Medical and sanitary report of the native army of Madras for the year
Year: 1875
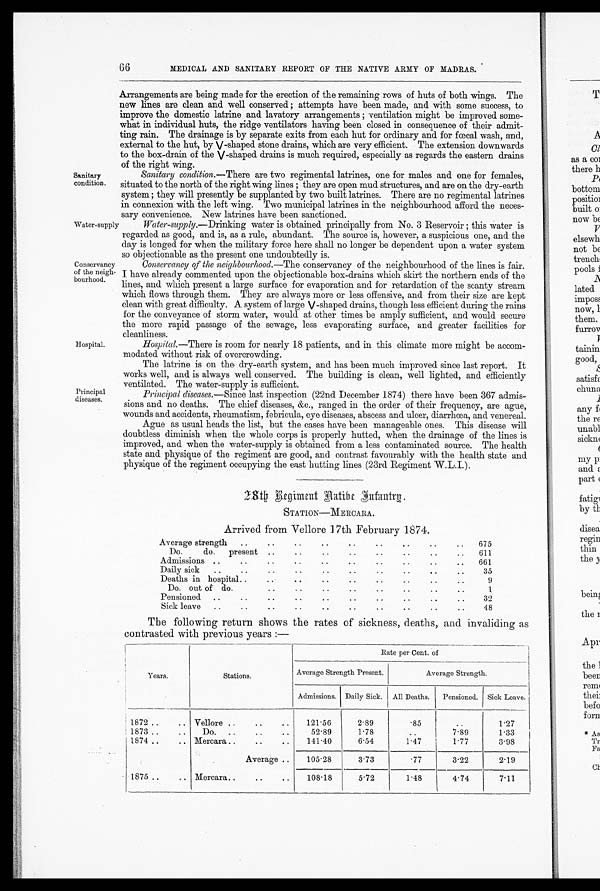
Hospital.
Principal
diseases.
66
Sanitary
condition.
MEDICAL AND SANITARY REPORT OF THE NATIVE ARMY OF MADRAS.
Arrangements are being made for the erection of the remaining rows of huts of both wings. The
new lines are clean and well conserved; attempts have been made, and with some success, to
improve the domestic latrine and lavatory arrangements; ventilation might be improved some
-what in individual huts, the ridge ventilators having been closed in consequence of their admit
-ting rain. The drainage is by separate exits from each hut for ordinary and for fœcal wash, and,
external to the hut, by V-shaped stone drains, which are very efficient. The extension downwards
to the box-drain of the V-shaped drains is much required, especially as regards the eastern drains
of the right wing.
Sanitary condition. —There are two regimental latrines, one for males and one for females,
situated to the north of the right wing lines; they are open mud structures, and are on the dry-earth
system; they will presently be supplanted by two built latrines. There are no regimental latrines
in connexion with the left wing. Two municipal latrines in the neighbourhood afford the neces
-sary convenience. New latrines have been sanctioned.
Water-supply
Conservancy
of the neigh-
bourhood.
Water-supply. —Drinking water is obtained principally from No. 3 Reservoir; this water is
regarded as good, and is, as a rule, abundant. The source is, however, a suspicious one, and the
day is longed for when the military force here shall no longer be dependent upon a water system
so objectionable as the present one undoubtedly is.
Conservancy of the neighbourhood. —The conservancy of the neighbourhood of the lines is fair.
I have already commented upon the objectionable box-drains which skirt the northern ends of the
lines, and which present a large surface for evaporation and for retardation of the scanty stream
which flows through them. They are always more or less offensive, and from their size are kept
clean with great difficulty. A system of large V-shaped drains, though less efficient during the rains
for the conveyance of storm water, would at other times be amply sufficient, and would secure
the more rapid passage of the sewage, less evaporating surface, and greater facilities for
cleanliness.
Hospital.—There is room for nearly 18 patients, and in this climate more might be accom-
modated without risk of overcrowding.
The latrine is on the. dry-earth system, and has been much improved since last report. It
works well, and is always well conserved. The building is clean, well lighted, and efficiently
ventilated. The water-supply is sufficient.
Principal diseases. —Since last inspection (22nd December 1874) there have been 367 admis
-sions and no deaths. The chief diseases, &c., ranged in the order of their frequency, are ague,
wounds and accidents, rheumatism, febricula, eye diseases, abscess and ulcer, diarrhœa, and venereal.
Ague as usual heads the list, but the cases have been manageable ones. This disease will
doubtless diminish when the whole corps is properly hutted, when the drainage of the lines is
improved, and when the water-supply is obtained from a less contaminated source. The health
state and physique of the regiment are good, and contrast favourably with the health state and
physique of the regiment occupying the east hutting lines (23rd Regiment W.L.I.).
28th. Regiment Native Infantry.
STATION—MERCARA
.
Arrived from Vellore 17th February 1874.
Average strength..
..
..
..
..
..
..
..
..
675
Do.
do.
present ..
..
..
.. ..
..
..
..
611
Admissions ..
.. ..
..
..
..
..
..
..
661
Daily sick..
..
..
..
.. ..
..
..
..
..
35
Deaths in hospital..
..
..
..
..
..
..
.. ..
9
Do. out of do.
..
..
..
..
..
..
..
..
1
Pensioned ..
..
.. ..
..
..
..
..
..
..
32
Sick leave..
..
..
..
..
..
..
..
..
48
The following return shows the rates of sickness, deaths, and invaliding as
contrasted with previous years:—
Years.
Stations.
Rate per Cent. of
Average Strength Present.
Average S
trength.
Admissions. Daily Sick. All Deaths. Pensioned. Sick Leave.
1872 .. ..
Vellore ..
121.56
2.89
.85
..
1.27
1873 ..
Do. ..
52.89
1.78
..
7.89
1.33
1874 .. ..
Mercara ..
..
..
141.40
6.54
1.47
1.77
3.98
Average ..
105.28
3.73
.77
3.22
2.19
1875..
.. Mercara ..
..
..
108.18
5.72
1.48
4.74
7.11